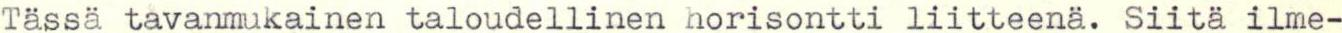
Tässä tavanmukainen taloudellinen horisontti liitteenä. Siitä ilme-